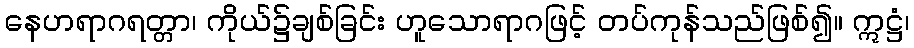
နေဟရာဂရတ္တာ၊ ကိုယ်၌ချစ်ခြင်း ဟူသောရာဂဖြင့် တပ်ကုန်သည်ဖြစ်၍။ ဣဋ္ဌံ၊